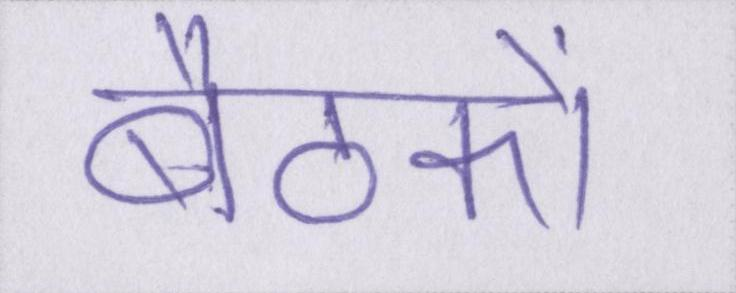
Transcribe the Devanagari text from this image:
बैठकों